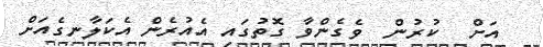
އަށް  ކުރުން  ވެގެންވާ ގޮތުގައި އެއުރެން އެކަލާނގެއަށް